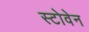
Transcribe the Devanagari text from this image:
स्टोवेन